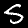
Label: 5